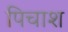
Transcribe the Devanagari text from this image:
पिचाश